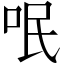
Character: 呡